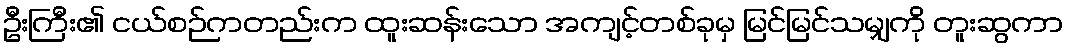
ဦးကြီး၏ ငယ်စဉ်ကတည်းက ထူးဆန်းသော အကျင့်တစ်ခုမှ မြင်မြင်သမျှကို တူးဆွကာ